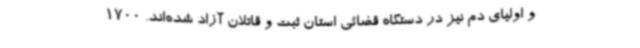
و اولیای دم نیز در دستگاه قضائی استان ثبت و قاتلان آزاد شده‌اند. 1700